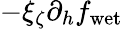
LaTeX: -\xi_{\zeta}\partial_{h}f_{\mathrm{wet}}